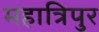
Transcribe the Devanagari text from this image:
महात्रिपुर